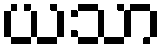
ယသာ